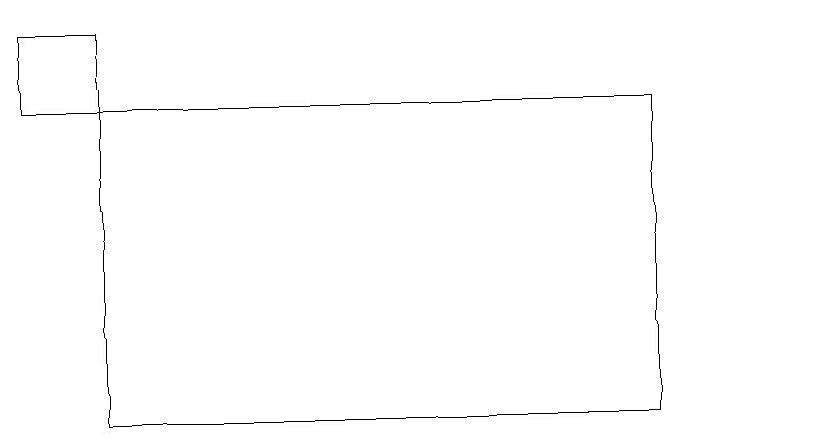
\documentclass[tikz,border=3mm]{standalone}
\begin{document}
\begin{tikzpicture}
\draw (1,15) rectangle (0,14);
\draw (10,10) circle (0);
\draw (8,14) rectangle (1,10);
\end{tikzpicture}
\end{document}